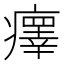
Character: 𤻂